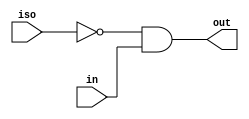
//#############################################################################
//# Function: Multi-domain isolation signal                                   #
//#############################################################################
//# Author:   Andreas Olofsson                                                #
//# License:  MIT (see LICENSE file in OH! repository)                        #
//#############################################################################

module asic_isolo
  #(parameter PROP = "DEFAULT")
   (
    input  iso, // isolation signal
    input  in, // input
    output out  // out = ~iso & in
    );

   assign out = ~iso & in;

endmodule